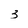
Character: 3